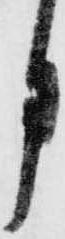
月